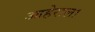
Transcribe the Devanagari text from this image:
आहेराला